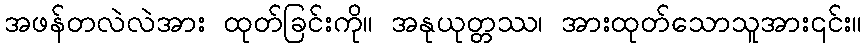
အဖန်တလဲလဲအား ထုတ်ခြင်းကို။ အနုယုတ္တဿ၊ အားထုတ်သောသူအား၎င်း။